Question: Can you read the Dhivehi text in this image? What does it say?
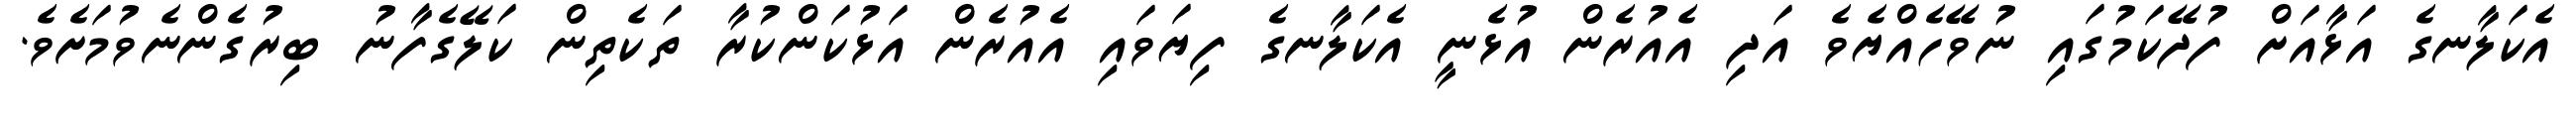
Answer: އެކަލާނގެ އަޅާއަށް ފުދޭކަމުގައި ނުވޭހެއްޔެވެ އަދި އެއުރެން އުޅެނީ އެކަލާނގެ ފިޔަވައި އެއުރެން އަޅުކަންކުރާ ތަކެތިން ކަލޭގެފާނު ބިރުގެންނެވުމަށެވެ.